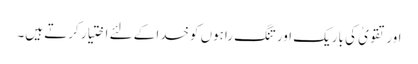
اور تقویٰ کی باریک اور تنگ راہوں کوخدا کے لئے اختیار کرتے ہیں۔